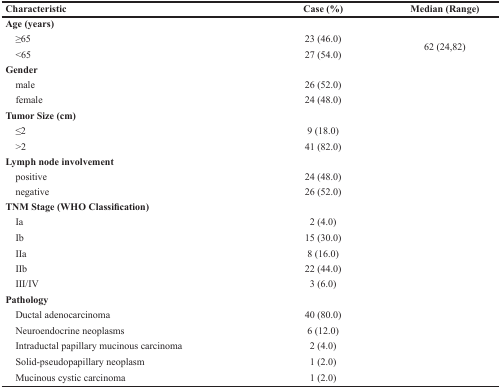
| Characteristic | Case (%) | Median (Range) |
 | --- | --- | --- |
 | Age (years) |  |  |
 | ≥65 | 23 (46.0) | <ROWSPAN=2> 62 (24,82) |
 | <65 | 27 (54.0) |
 | Gender |  |  |
 | male | 26 (52.0) |  |
 | female | 24 (48.0) |  |
 | Tumor Size (cm) |  |  |
 | ≤2 | 9 (18.0) |  |
 | >2 | 41 (82.0) |  |
 | Lymph node involvement |  |  |
 | positive | 24 (48.0) |  |
 | negative | 26 (52.0) |  |
 | TNM Stage (WHO Classification) |  |  |
 | Ia | 2 (4.0) |  |
 | Ib | 15 (30.0) |  |
 | IIa | 8 (16.0) |  |
 | IIb | 22 (44.0) |  |
 | III/IV | 3 (6.0) |  |
 | Pathology |  |  |
 | Ductal adenocarcinoma | 40 (80.0) |  |
 | Neuroendocrine neoplasms | 6 (12.0) |  |
 | Intraductal papillary mucinous carcinoma | 2 (4.0) |  |
 | Solid-pseudopapillary neoplasm | 1 (2.0) |  |
 | Mucinous cystic carcinoma | 1 (2.0) |  |